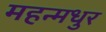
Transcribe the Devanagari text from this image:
महन्मधुर